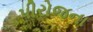
પીરોજના